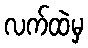
လက်ထဲမှ